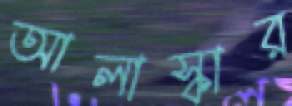
আলাস্কার